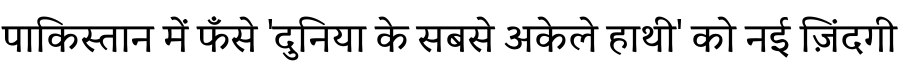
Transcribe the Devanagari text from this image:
पाकिस्तान में फँसे 'दुनिया के सबसे अकेले हाथी' को नई ज़िंदगी